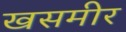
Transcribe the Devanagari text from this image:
खसमीर